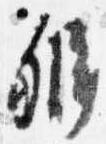
弁